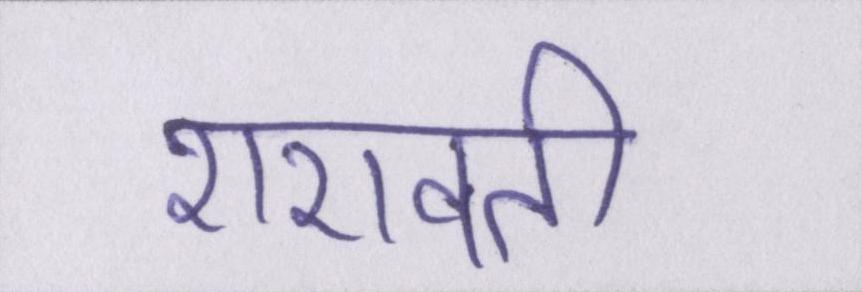
शरावती